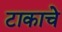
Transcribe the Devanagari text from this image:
टाकाचे